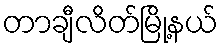
တာချီလိတ်မြို့နယ်